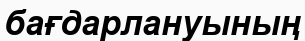
бағдарлануының